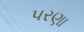
પરણા